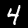
Digit: 4